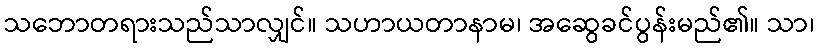
သဘောတရားသည်သာလျှင်။ သဟာယတာနာမ၊ အဆွေခင်ပွန်းမည်၏။ သာ၊